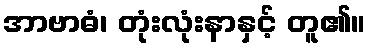
အာဗာဓံ၊ တုံးလုံးနာနှင့် တူ၏။